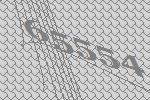
65554